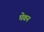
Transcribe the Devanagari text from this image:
घेवन